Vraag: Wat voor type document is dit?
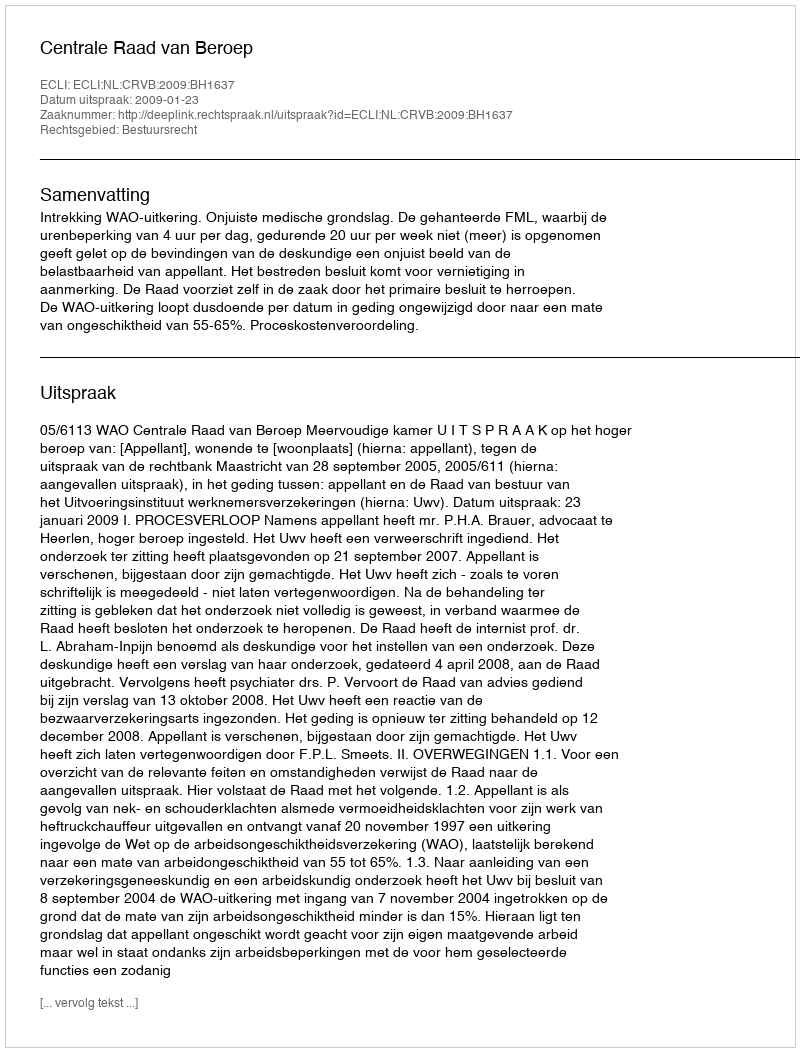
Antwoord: Uitspraak